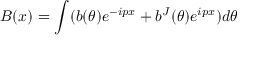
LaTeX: B ( x ) = \int ( b ( \theta ) e ^ { - i p x } + b ^ { J } ( \theta ) e ^ { i p x } ) d \theta